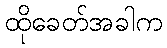
ထိုခေတ်အခါက